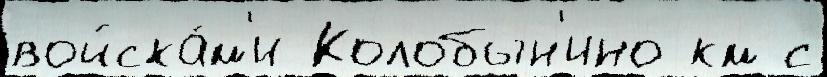
войска́м'и Колобын'ино км с